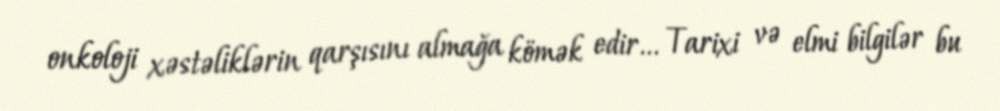
onkoloji xəstəliklərin qarşısını almağa kömək edir... Tarixi və elmi bilgilər bu